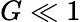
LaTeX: G\ll 1